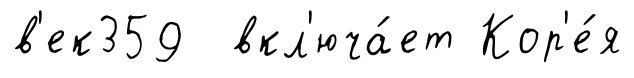
в'ек359 вкл'юча́ет Кор'е́я